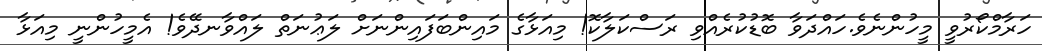
ހަރާމްކޯރުވީ މީހުންނެވެ.ހައްދަވާ ބޮޑުކުރެއްވި ރަސްކަލާކޮ! މިއަޅާގެ މައިންބަފައިންނަށް ލަޢުނަތް ލައްވާނދޭވެ! އެމީހުންނީ މިއަޅާ